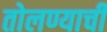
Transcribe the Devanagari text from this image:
तोलण्याची